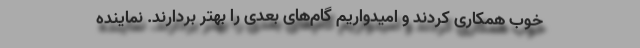
خوب همکاری کردند و امیدواریم گام‌های بعدی را بهتر بردارند. نماینده